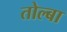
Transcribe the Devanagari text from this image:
तोल्बा